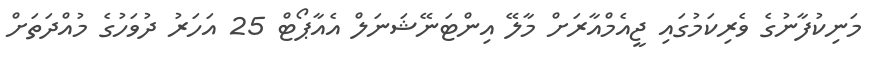
މަނިކުފާނުގެ ވެރިކަމުގައި ޖީއެމްއާރަށް މާލޭ އިންޓަނޭޝަނަލް އެއާޕޯޓް 25 އަހަރު ދުވަހުގެ މުއްދަތަށް